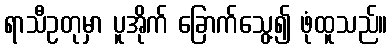
ရာသီဥတုမှာ ပူအိုက် ခြောက်သွေ့၍ ဖုံထူသည်။